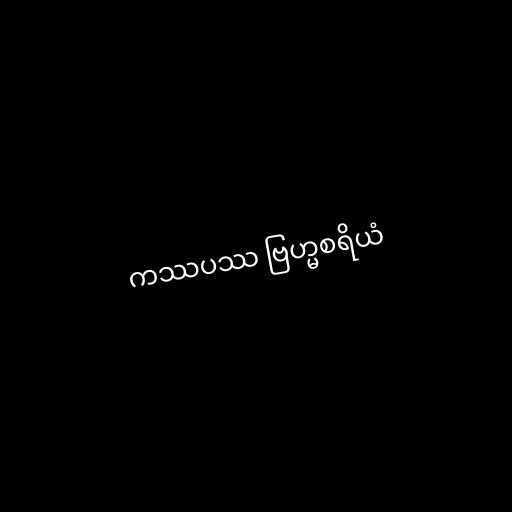
ကဿပဿ ဗြဟ္မစရိယံ